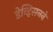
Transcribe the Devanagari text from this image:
डेव्हिसनने